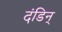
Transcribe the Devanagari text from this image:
दंडिन्